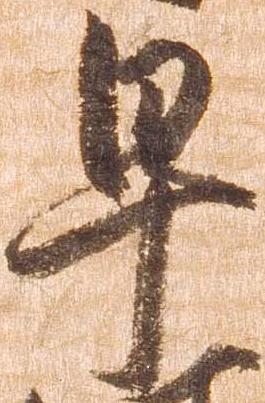
早